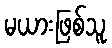
မယားဖြစ်သူ